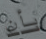
بأن